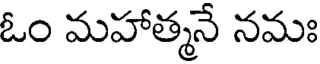
ఓం మహాత్మనే నమః